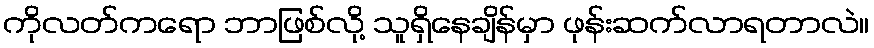
ကိုလတ်ကရော ဘာဖြစ်လို့ သူရှိနေချိန်မှာ ဖုန်းဆက်လာရတာလဲ။